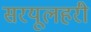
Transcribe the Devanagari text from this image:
सरयूलहरी